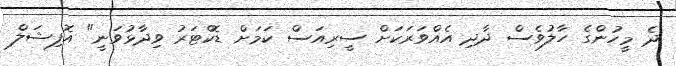
ދެ މީހުންގެ ހާލުވެސް ދާދި އެއްވަރަކަށް ސީރިއަސް ކަމަށް ޑޮކްޓަރު ވިދާޅުވަނީ" އޮފިޝަލް